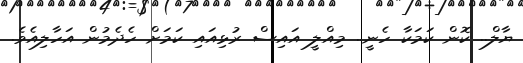
ޔާލް.. ކޮން ކަމަކާ ހެނީ.. މިއްލީ އައިސް ރުޅިއައި ކަމަށް ހެދެމުން އަހާލިއެވެ.